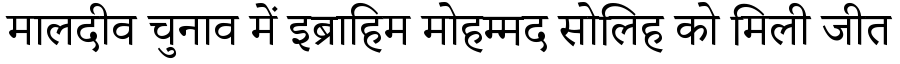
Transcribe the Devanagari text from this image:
मालदीव चुनाव में इब्राहिम मोहम्मद सोलिह को मिली जीत